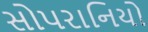
સોપરાનિયો